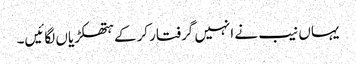
یہاں نیب نے انہیں گرفتار کرکے ہتھکڑیاں لگائیں۔